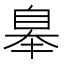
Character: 𦤑